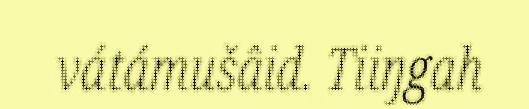
vátámušâid. Tiiŋgah